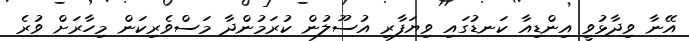
އޭނާ ވިދާޅުވީ އިންޑިއާ ކަނޑުގައި ވިޔަފާރި އުސޫލުން ކުރަމުންދާ މަސްވެރިކަން މިހާރަށް ވުރެ